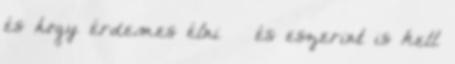
és hogy érdemes élni – és eszerint is kell